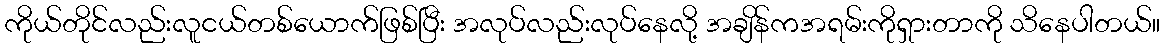
ကိုယ်တိုင်လည်းလူငယ်တစ်ယောက်ဖြစ်ပြီး အလုပ်လည်းလုပ်နေလို့ အချိန်ကအရမ်းကိုရှားတာကို သိနေပါတယ်။